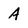
Character: A